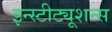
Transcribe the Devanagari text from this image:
इन्स्टीट्यूशन्स